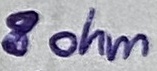
Text: 8 ohm